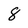
Character: 8